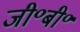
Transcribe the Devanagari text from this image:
जी॰बी॰